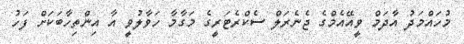
މުހައްމަދު އާދަމް ވީއޭއެމްގެ ޖެނެރަލް ސެކްރެޓަރީގެ މަގާމާ ހަވާލުވީ އާ އިންތިހާބަކަށް ފަހު